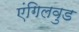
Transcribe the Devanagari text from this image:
एंगिलवुड